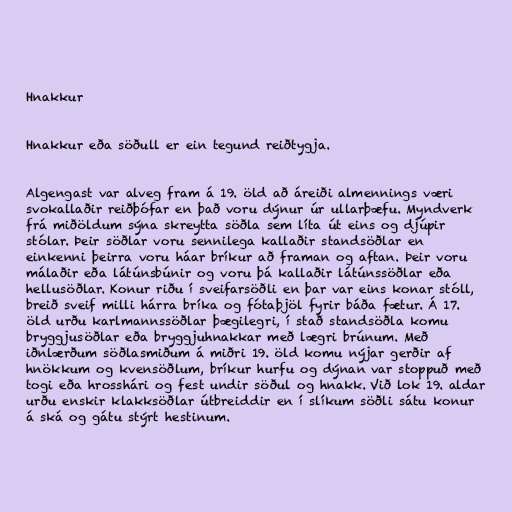
Hnakkur

Hnakkur eða söðull er ein tegund reiðtygja.

Algengast var alveg fram á 19. öld að áreiði almennings væri
svokallaðir reiðþófar en það voru dýnur úr ullarþæfu. Myndverk
frá miðöldum sýna skreytta söðla sem líta út eins og djúpir
stólar. Þeir söðlar voru sennilega kallaðir standsöðlar en
einkenni þeirra voru háar bríkur að framan og aftan. Þeir voru
málaðir eða látúnsbúnir og voru þá kallaðir látúnssöðlar eða
hellusöðlar. Konur riðu í sveifarsöðli en þar var eins konar stóll,
breið sveif milli hárra bríka og fótaþjöl fyrir báða fætur. Á 17.
öld urðu karlmannssöðlar þægilegri, í stað standsöðla komu
bryggjusöðlar eða bryggjuhnakkar með lægri brúnum. Með
iðnlærðum söðlasmiðum á miðri 19. öld komu nýjar gerðir af
hnökkum og kvensöðlum, bríkur hurfu og dýnan var stoppuð með
togi eða hrosshári og fest undir söðul og hnakk. Við lok 19. aldar
urðu enskir klakksöðlar útbreiddir en í slíkum söðli sátu konur
á ská og gátu stýrt hestinum.